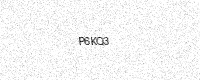
Text: P6KQ3